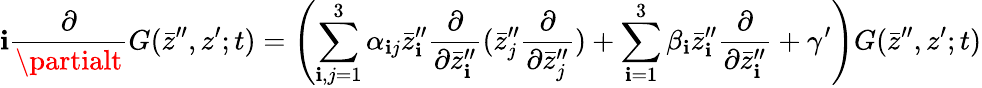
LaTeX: \mathbf{i}\frac{{\partial}}{{\partialt}}G(\bar{{z}}^{\prime\prime},z^{\prime};t)=\left(\sum_{\mathbf{i},j=1}^{3}\alpha_{\mathbf{i}j}\bar{{z}}_{\mathbf{i}}^{\prime\prime}\frac{{\partial}}{{\partial\bar{{z}}_{\mathbf{i}}^{\prime\prime}}}(\bar{{z}}_{j}^{\prime\prime}\frac{{\partial}}{{\partial\bar{{z}}_{j}^{\prime\prime}}})+\sum_{\mathbf{i}=1}^{3}\beta_{\mathbf{i}}\bar{{z}}_{\mathbf{i}}^{\prime\prime}\frac{{\partial}}{{\partial\bar{{z}}_{\mathbf{i}}^{\prime\prime}}}+\gamma^{\prime}\right)G(\bar{{z}}^{\prime\prime},z^{\prime};t)